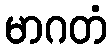
မာဂတံ